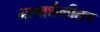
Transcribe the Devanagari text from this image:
भाषाशैलीतच